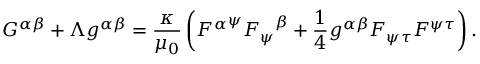
G ^ { \alpha \beta } + \Lambda g ^ { \alpha \beta } = { \frac { \kappa } { \mu _ { 0 } } } \left( { F ^ { \alpha } } ^ { \psi } { F _ { \psi } } ^ { \beta } + { \frac { 1 } { 4 } } g ^ { \alpha \beta } F _ { \psi \tau } F ^ { \psi \tau } \right) .